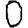
Digit: 0